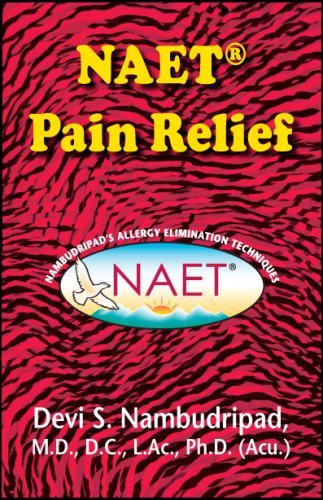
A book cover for NAET Pain Relief; Devi S. Nambudripad; Health, Fitness & Dieting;